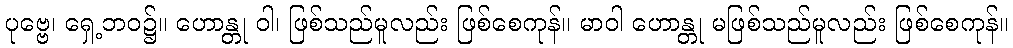
ပုဗ္ဗေ၊ ရှေ့ဘဝ၌။ ဟောန္တု ဝါ၊ ဖြစ်သည်မူလည်း ဖြစ်စေကုန်။ မာဝါ ဟောန္တု မဖြစ်သည်မူလည်း ဖြစ်စေကုန်။